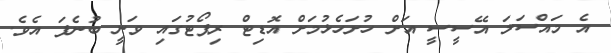
އެ މައްސަލަ އޭސީސީ އަށް ހުށަހެޅުމަށް އޮޑިޓް ރިޕޯޓުގައި ވަނީ ބުނެފަ އެވެ.